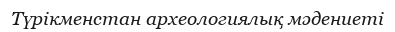
Түрікменстан археологиялық мәдениеті